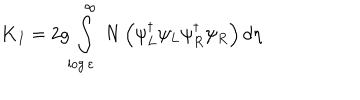
LaTeX: { \bf K } _ { I } = 2 g \int _ { \log \varepsilon } ^ { \infty } \ N \left( \psi _ { L } ^ { \dagger } \psi _ { L } \psi _ { R } ^ { \dagger } \psi _ { R } \right) d \eta